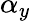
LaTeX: \alpha_{y}